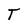
Character: T